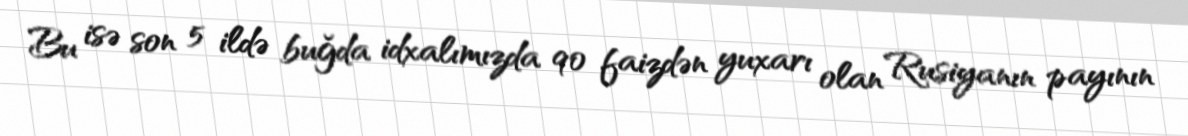
Bu isə son 5 ildə buğda idxalımızda 90 faizdən yuxarı olan Rusiyanın payının